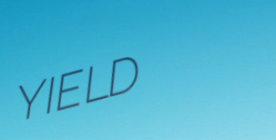
YIELD